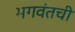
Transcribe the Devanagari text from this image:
भगवंतची